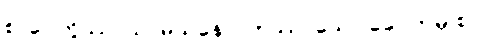
စာပေတွိဿာသ၊ မုသုနော၊ ဣဿာသော ခေပကမှိ စ။